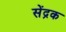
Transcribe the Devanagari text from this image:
सेंद्रक